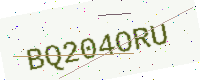
Text: BQ204ORU